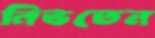
নিভতেন